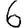
Digit: 6